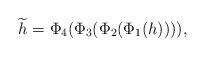
LaTeX: \begin{align*} \widetilde{h}=\Phi_4(\Phi_3(\Phi_2(\Phi_1(h)))),\end{align*}